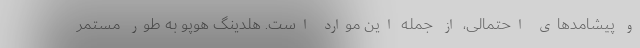
و پیشامدهای احتمالی، از جمله این موارد است. هلدینگ هوپو به طور مستمر